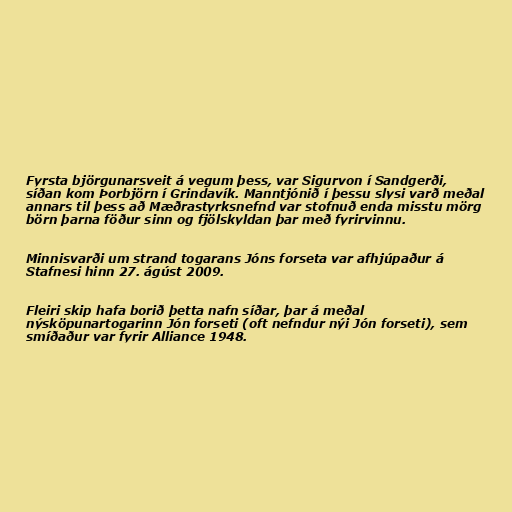
Fyrsta björgunarsveit á vegum þess, var Sigurvon í Sandgerði,
síðan kom Þorbjörn í Grindavík. Manntjónið í þessu slysi varð meðal
annars til þess að Mæðrastyrksnefnd var stofnuð enda misstu mörg
börn þarna föður sinn og fjölskyldan þar með fyrirvinnu.

Minnisvarði um strand togarans Jóns forseta var afhjúpaður á
Stafnesi hinn 27. ágúst 2009.

Fleiri skip hafa borið þetta nafn síðar, þar á meðal
nýsköpunartogarinn Jón forseti (oft nefndur nýi Jón forseti), sem
smíðaður var fyrir Alliance 1948.